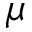
\mu